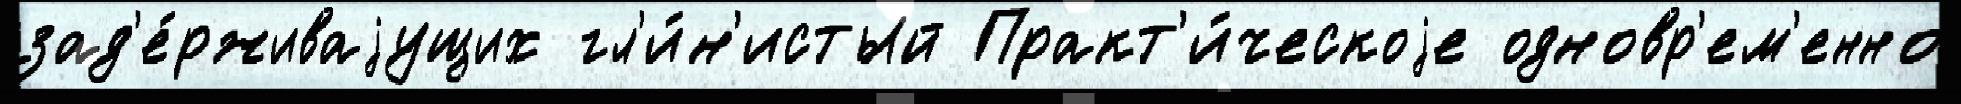
зад'е́рживаjущих гл'и́н'истый Практ'и́ческоjе одновр'ем'енно